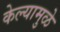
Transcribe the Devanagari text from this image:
केल्‍यामुळे